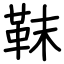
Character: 靺